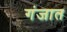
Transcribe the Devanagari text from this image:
गंजात